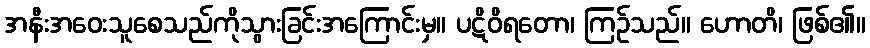
အနီးအဝေးသူစေသည်ကိုသွားခြင်းအကြောင်းမှ။ ပဋိဝိရတော၊ ကြဉ်သည်။ ဟောတိ၊ ဖြစ်၏။